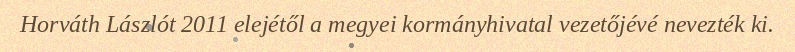
Horváth Lászlót 2011 elejétől a megyei kormányhivatal vezetőjévé nevezték ki.